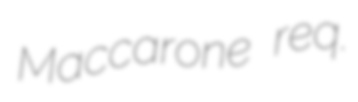
Maccarone req.